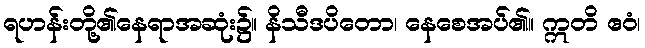
ရဟန်းတို့၏နေရာအဆုံး၌။ နိသီဒပိတော၊ နေစေအပ်၏။ ဣတိ ဧဝံ၊